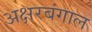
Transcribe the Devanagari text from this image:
अक्षरबंगाल